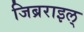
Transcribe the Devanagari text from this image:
जिब्रराइल्